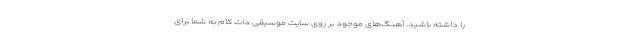
را داشته باشید. آهنگ‌های موجود بر روی سایت موسیقی دات کام به شما برای